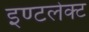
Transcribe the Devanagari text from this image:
इण्टलेक्ट